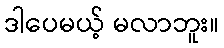
ဒါပေမယ့် မလာဘူး။